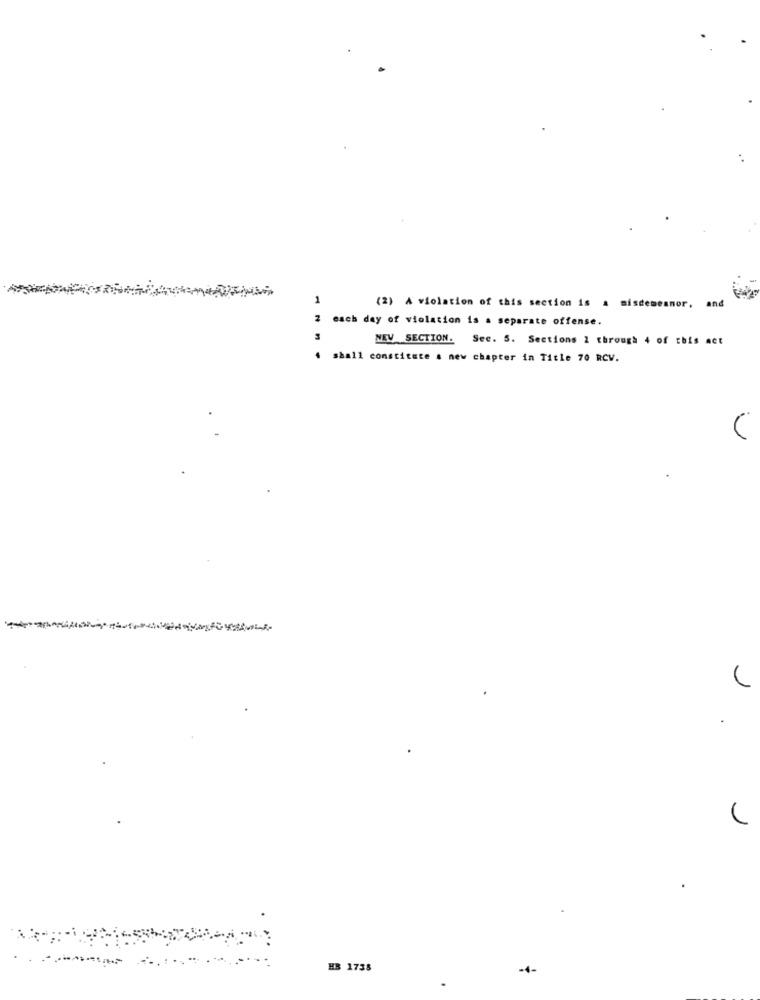
1
(2) A violation of this section is a misdemeanor, and
each day of violation is a separate offense.
NEV SECTION. See. S. Sections 2 through 4 of this act
shall constitute a new chapter in Title 70 RCV.
HB 1738
-4-